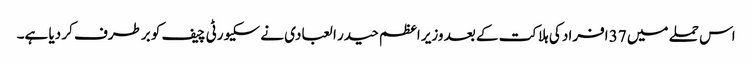
اس حملے میں 37 افراد کی ہلاکت کے بعد وزیر اعظم حیدر ا لعبادی نے سکیورٹی چیف کو برطرف کر دیا ہے۔